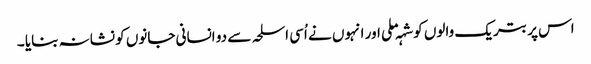
اس پر بتریک والوں کو شہہ ملی اور انہوں نے اُسی اسلحہ سے دو انسانی جانوں کو نشانہ بنایا ۔